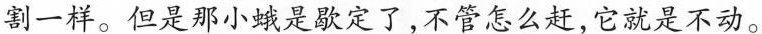
割一样。但是那小蛾是歇定了，不管怎么赶，它就是不动。